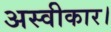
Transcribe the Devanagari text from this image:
अस्वीकार।